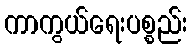
ကာကွယ်ရေးပစ္စည်း